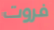
فروت